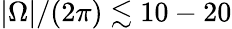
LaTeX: |\Omega|/(2\pi)\lesssim 10-20